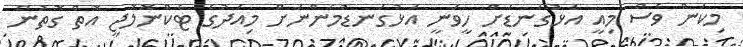
މިކަން ވެސް މިއީ އަޅުގަނޑަށް ހީވަނީ އަޅުގަނޑުމެންނަށް މިއަދުގެ ޓެކްނޮލޮޖީ އޮތް ގޮތުން